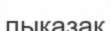
пықазақ